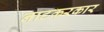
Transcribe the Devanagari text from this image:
नाटकरकार